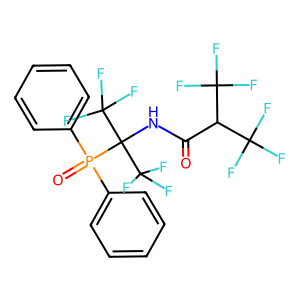
SMILES: O=C(NC(C(F)(F)F)(C(F)(F)F)P(=O)(c1ccccc1)c1ccccc1)C(C(F)(F)F)C(F)(F)F
Inhibits HIV replication: No